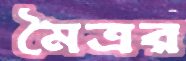
মৈত্রর